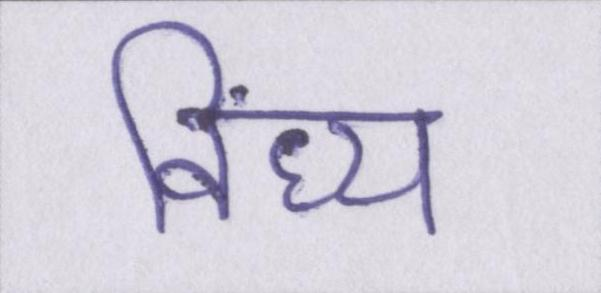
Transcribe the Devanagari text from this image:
विंध्य